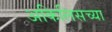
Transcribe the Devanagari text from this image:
अकिलिसच्या